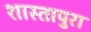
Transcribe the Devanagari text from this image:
शास्तापुरा